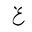
Letter: _gayn